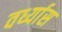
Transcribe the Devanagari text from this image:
वर्ध्यास